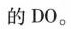
的DO。